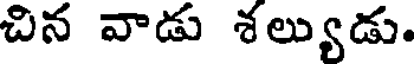
చిన వాడు శల్యుడు.